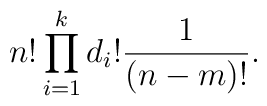
n!\prod_{i=1}^kd_i!{1\over (n-m)!}.